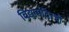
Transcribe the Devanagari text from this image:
विद्यामंदिरची